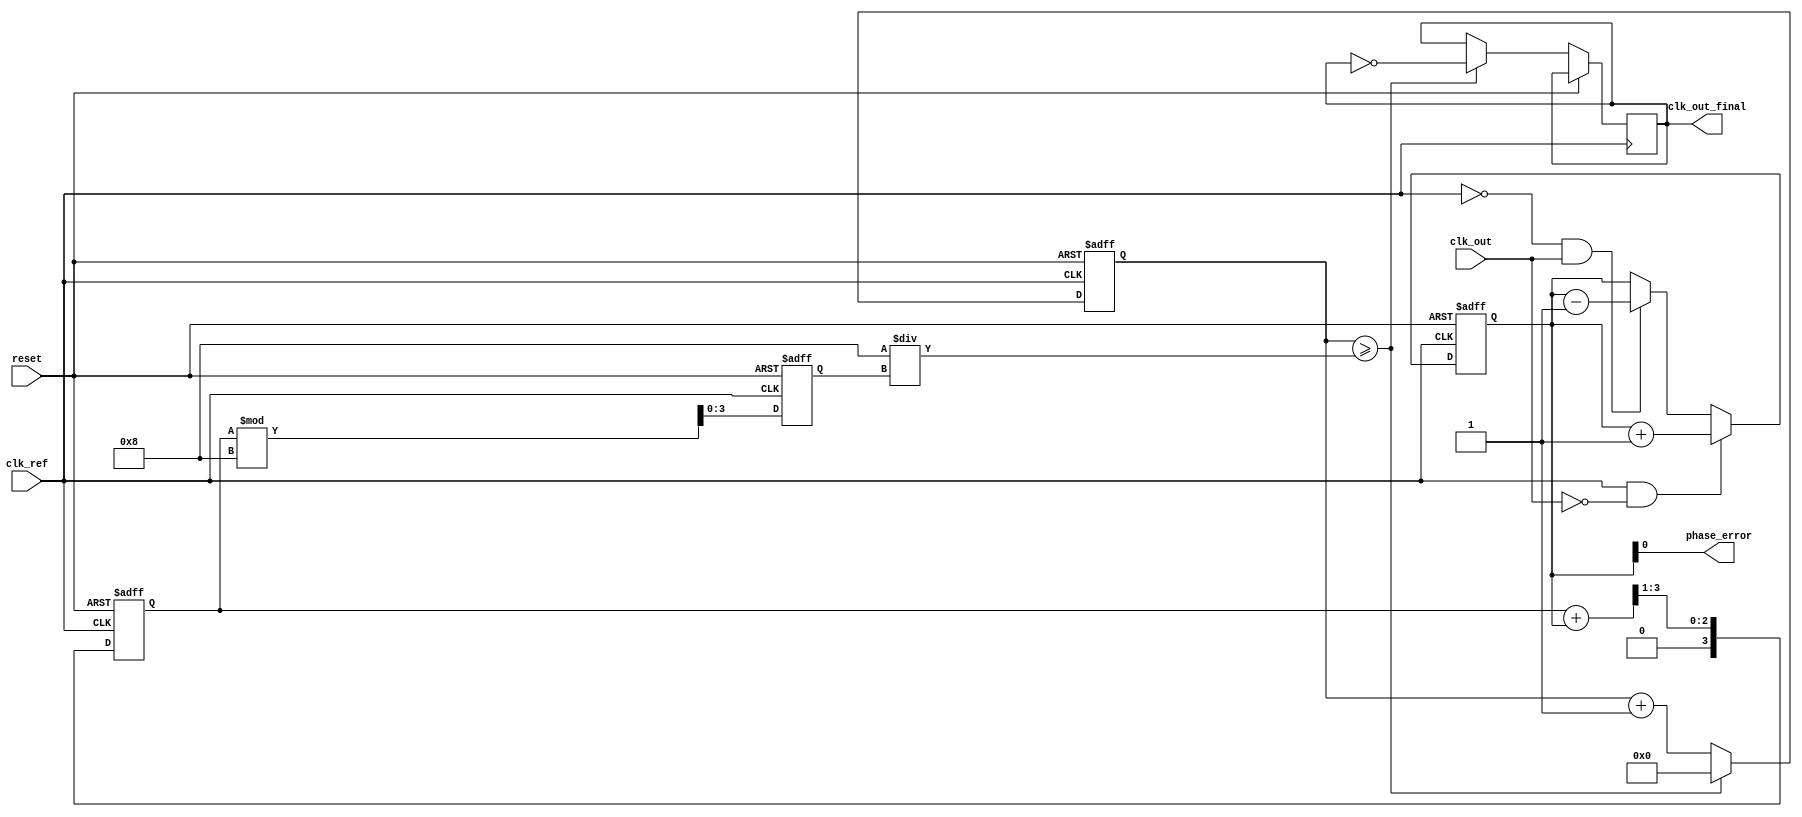
module ADPLL (
    input wire clk_ref,          // Reference clock input
    input wire clk_out,          // Output clock from DCO
    input wire reset,            // Asynchronous reset
    output wire clk_out_final,   // Final output clock
    output wire phase_error       // Phase error signal
);

    // Parameters
    parameter FILTER_SIZE = 4;   // Size of the loop filter
    parameter DCO_MAX_FREQ = 8;   // Maximum frequency for DCO
    parameter MEMORY_SIZE = 16;    // Size of memory blocks

    // Internal signals
    reg [FILTER_SIZE-1:0] phase_error_reg; // Phase error register
    reg [FILTER_SIZE-1:0] control_signal;   // Control signal for DCO
    reg [3:0] dco_freq;                     // DCO frequency control
    reg [MEMORY_SIZE-1:0] memory_block;     // Memory block for tuning

    // Phase Detector (PD)
    always @(posedge clk_ref or posedge reset) begin
        if (reset) begin
            phase_error_reg <= 0;
        end else begin
            // Simple phase detection logic
            if (clk_ref && !clk_out) begin
                phase_error_reg <= phase_error_reg + 1; // Phase error increment
            end else if (!clk_ref && clk_out) begin
                phase_error_reg <= phase_error_reg - 1; // Phase error decrement
            end
        end
    end

    // Loop Filter (LF)
    always @(posedge clk_ref or posedge reset) begin
        if (reset) begin
            control_signal <= 0;
        end else begin
            // Simple low-pass filter implementation
            control_signal <= (control_signal + phase_error_reg) >> 1; // Smoothing
        end
    end

    // Frequency Synthesizer (DCO)
    always @(posedge clk_ref or posedge reset) begin
        if (reset) begin
            dco_freq <= 0;
        end else begin
            dco_freq <= control_signal[3:0] % DCO_MAX_FREQ; // Adjust DCO frequency
        end
    end

    // Output Clock Generation
    reg [3:0] clk_divider; // Clock divider for output generation

    always @(posedge clk_ref or posedge reset) begin
        if (reset) begin
            clk_divider <= 0;
        end else begin
            clk_divider <= clk_divider + 1;
            if (clk_divider >= (DCO_MAX_FREQ / dco_freq)) begin
                clk_out_final <= ~clk_out_final; // Toggle output clock
                clk_divider <= 0;
            end
        end
    end

    // Memory Block for Phase/Frequency Tuning
    always @(posedge clk_ref or posedge reset) begin
        if (reset) begin
            memory_block <= 0; // Initialize memory block
        end else begin
            // Example of updating memory with phase information
            memory_block <= memory_block | (phase_error_reg << 1); // Store phase error
        end
    end

    assign phase_error = phase_error_reg; // Output phase error signal

endmodule